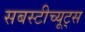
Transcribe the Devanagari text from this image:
सबस्टीच्यूट्स